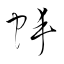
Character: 蚌